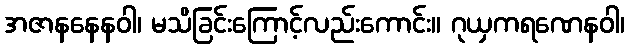
အဇာနနေနဝါ၊ မသိခြင်းကြောင့်လည်းကောင်း။ ဂုယှကရဏေနဝါ၊